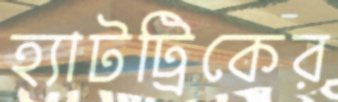
হ্যাটট্রিকের